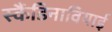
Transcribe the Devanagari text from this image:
स्कैंडिनावियाई